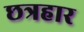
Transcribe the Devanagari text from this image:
छत्रहार